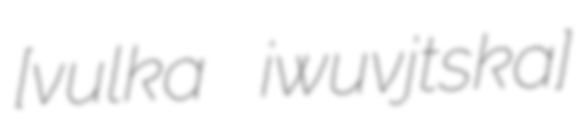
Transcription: [ˈvulka iwuˈvjɛt͡ska]